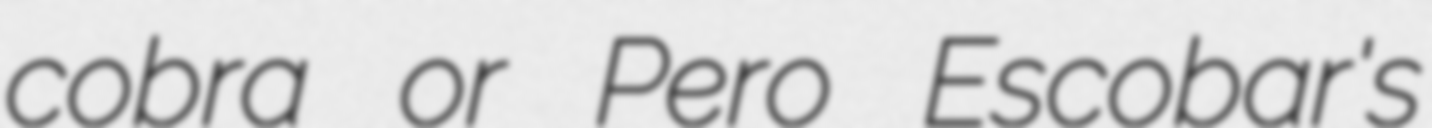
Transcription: cobra or Pero Escobar's